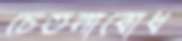
চেতনাবোধ